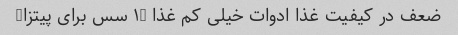
ضعف در کیفیت غذا ادوات خیلی کم غذا (۱ سس برای پیتزا)